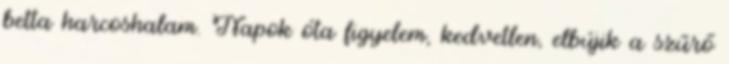
betta harcoshalam. Napok óta figyelem, kedvetlen, elbújik a szűrő